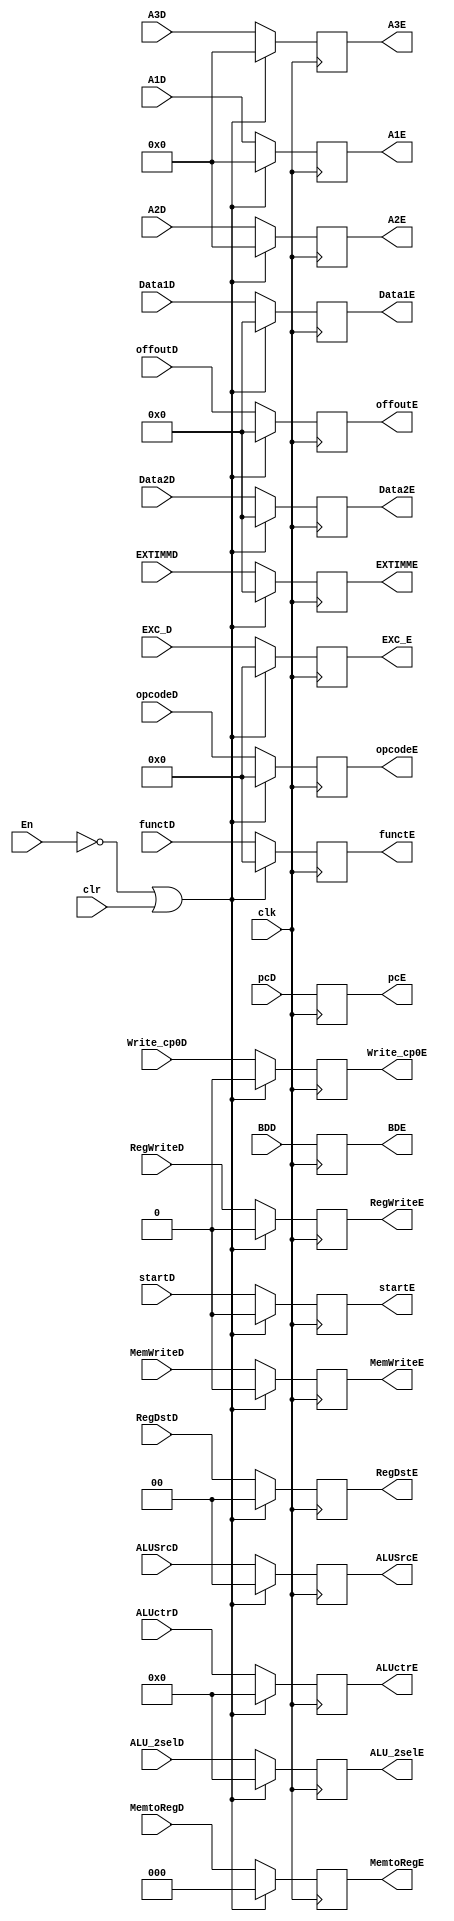
`timescale 1ns / 1ps
//////////////////////////////////////////////////////////////////////////////////
// Company: 
// Engineer: 
// 
// Design Name: 
// Module Name:    EReg 
// Project Name: 
// Target Devices: 
// Tool versions: 
// Description: 
//
// Dependencies: 
//
// Revision: 
// Revision 0.01 - File Created
// Additional Comments: 
//
//////////////////////////////////////////////////////////////////////////////////
module EReg(clk,A1D,A2D,A3D,Data1D,Data2D,EXTIMMD,RegDstD,ALUSrcD,MemtoRegD,RegWriteD,MemWriteD,ALUctrD,opcodeD,functD,pcD,
				A1E,A2E,A3E,Data1E,Data2E,EXTIMME,RegDstE,ALUSrcE,MemtoRegE,RegWriteE,MemWriteE,ALUctrE,opcodeE,functE,pcE,En,
				offoutD,offoutE,ALU_2selD,ALU_2selE,startD,startE,EXC_D,EXC_E,Write_cp0D,Write_cp0E,clr,BDD,BDE);
		input clk;
		input [4:0] A1D,A2D,A3D;
		input [31:0] Data1D,Data2D,EXTIMMD;
		input [1:0] RegDstD;
		input [1:0]ALUSrcD;
		input [2:0] MemtoRegD;
		input RegWriteD,MemWriteD;
		input [3:0] ALUctrD;
		input [5:0] opcodeD,functD;
		input [31:0] pcD,offoutD;
		input [3:0] ALU_2selD;
		input En,startD;
		input [5:0] EXC_D;
		input Write_cp0D,clr,BDD;
		
		output reg [4:0] A1E,A2E,A3E;
		output reg [31:0] Data1E,Data2E,EXTIMME;
		output reg [1:0] RegDstE;
		output reg [1:0]ALUSrcE;
		output reg [2:0] MemtoRegE;
		output reg RegWriteE,MemWriteE,BDE;
		output reg [3:0] ALUctrE;
		output reg [5:0] opcodeE,functE;
		output reg [31:0]  pcE,offoutE;
		output reg [3:0] ALU_2selE;
		output reg startE;
		output reg [5:0] EXC_E;
		output reg Write_cp0E;
		initial begin
			A1E=0;
			A2E=0;
			A3E=0;
			Data1E=0;
			Data2E=0;
			EXTIMME=0;
			RegDstE=0;
			ALUSrcE=0;
			MemtoRegE=0;
			RegWriteE=0;
			MemWriteE=0;
			ALUctrE=0;
			opcodeE=0;
			functE=0;
			pcE=32'h0000_3000;
			startE=0;
			ALU_2selE=0;
			EXC_E=0;
			Write_cp0E=0;
			BDE=0;
		end
		always@(posedge clk) begin
		if(En==0||clr==1) begin
			A1E<=0;
			A2E<=0;
			A3E<=0;
			Data1E<=0;
			Data2E<=0;
			EXTIMME<=0;
			RegDstE<=0;
			ALUSrcE<=0;
			MemtoRegE<=0;
			RegWriteE<=0;
			MemWriteE<=0;
			ALUctrE<=0;
			opcodeE<=0;
			functE<=0;
			pcE<=pcD;
			offoutE<=0;
			startE<=0;
			ALU_2selE<=0;
			EXC_E<=0;
			Write_cp0E<=0;
			BDE<=BDD;
		end
		else begin
			A1E<=A1D;
			A2E<=A2D;
			A3E<=A3D;
			Data1E<=Data1D;
			Data2E<=Data2D;
			EXTIMME<=EXTIMMD;
			RegDstE<=RegDstD;
			ALUSrcE<=ALUSrcD;
			MemtoRegE<=MemtoRegD;
			RegWriteE<=RegWriteD;
			MemWriteE<=MemWriteD;
			ALUctrE<=ALUctrD;
			opcodeE<=opcodeD;
			functE<=functD;
			pcE<=pcD;
			offoutE<=offoutD;
			startE<=startD;
			ALU_2selE<=ALU_2selD;
			EXC_E<=EXC_D;
			Write_cp0E<=Write_cp0D;
			BDE<=BDD;
			end
		end

endmodule